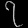
Digit: ၇